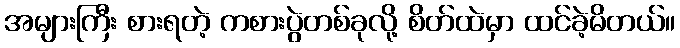
အများကြီး စားရတဲ့ ကစားပွဲတစ်ခုလို့ စိတ်ထဲမှာ ထင်ခဲ့မိတယ်။